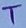
Text: T